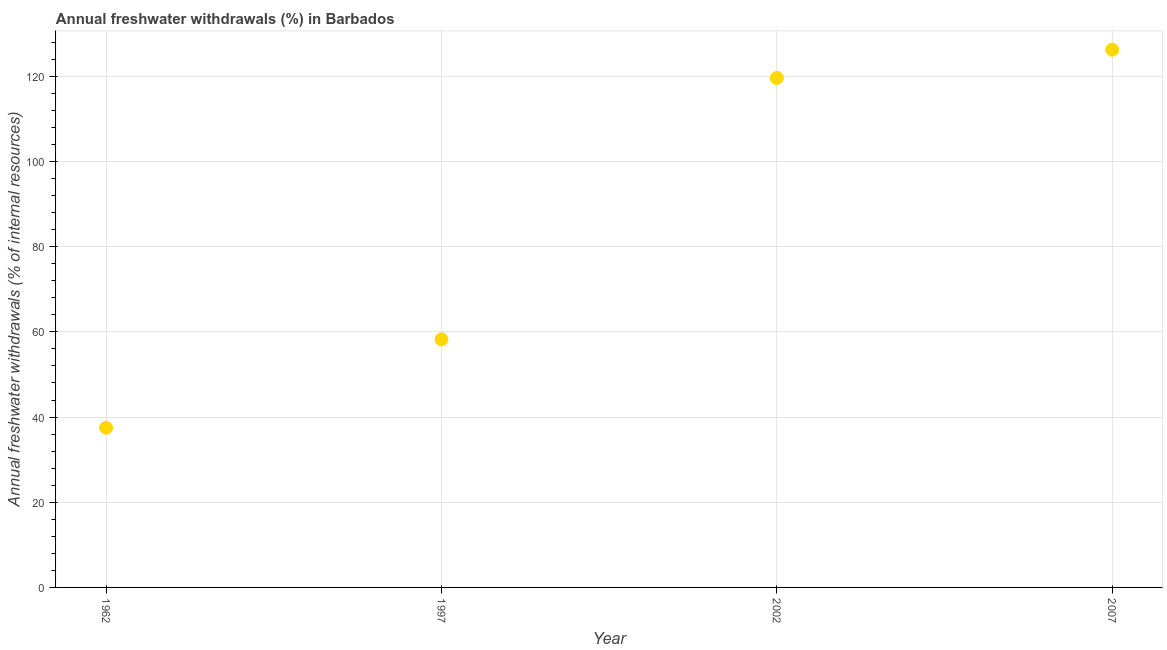
| Year | Annual freshwater withdrawals |
 | --- | --- |
 | 1962 | 37.5 |
 | 1997 | 58.2 |
 | 2002 | 120 |
 | 2007 | 126 |